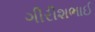
ગીરીશભાઈ